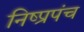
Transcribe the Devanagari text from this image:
निष्प्रपंच